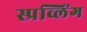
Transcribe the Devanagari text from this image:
स्प्रव्लिंग